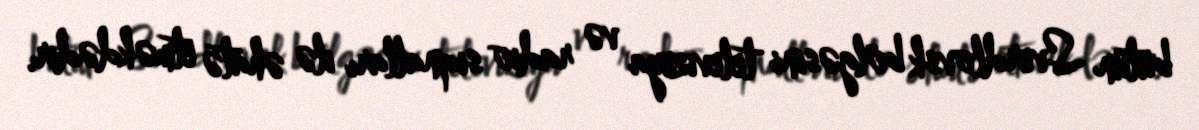
bütün Sverdlovsk bölgəsini televiziya və radio siqnalları ilə əhatə etməkdədir.